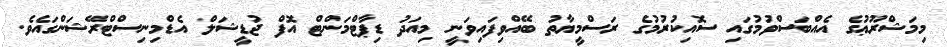
މިމަޝްރޫޢުގެ އެއްބަސްވުމުގައި ސޮއިކުރުމުގެ ރަސްމީޔާތު ބޭއްވިފައިވަނީ މިއަދު ޑިޕާޓްމަންޓް އޮފް ޖުޑީޝަލް އެޑްމިނިސްޓްރޭޝަންގައެވެ.